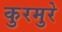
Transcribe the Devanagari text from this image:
कुरमुरे